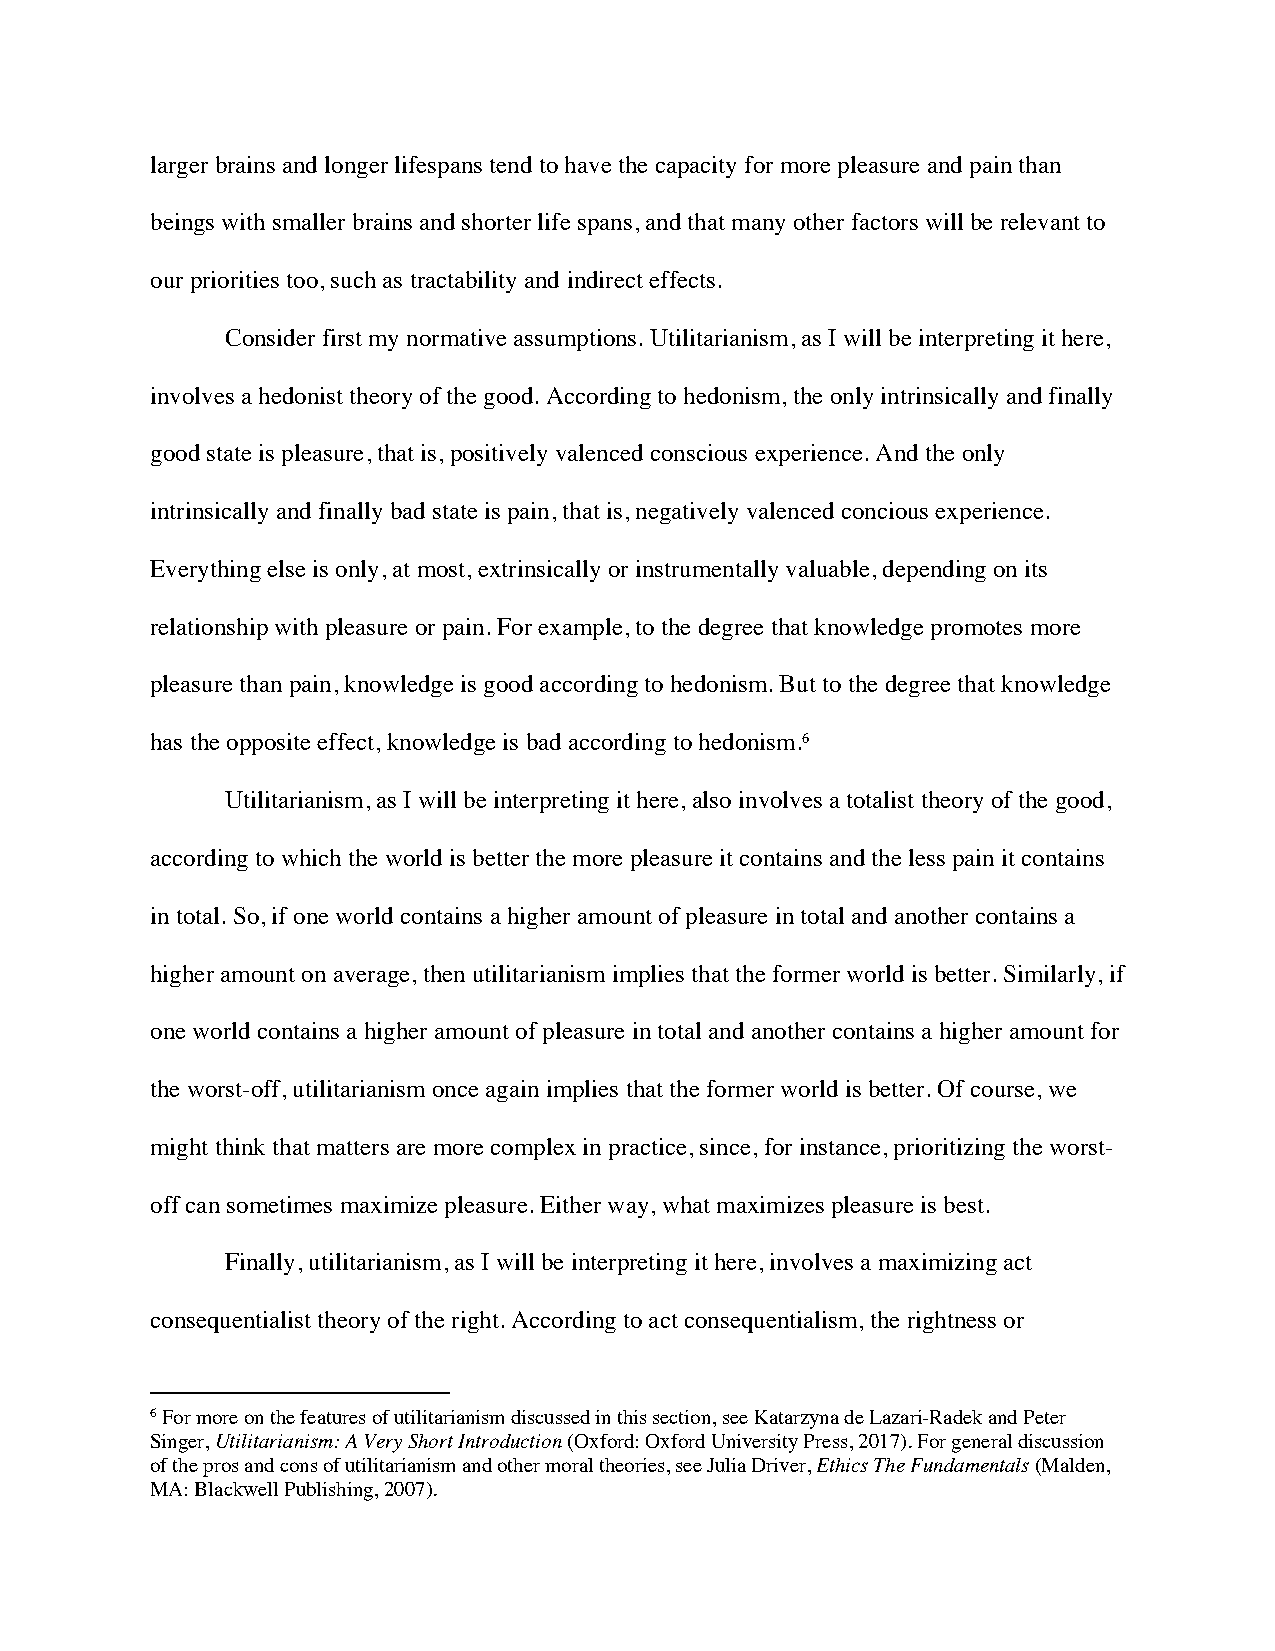
larger brains and longer lifespans tend to have the capacity for more pleasure and pain than
 beings with smaller brains and shorter life spans, and that many other factors will be relevant to
 our priorities too, such as tractability and indirect effects.
 Consider first my normative assumptions. Utilitarianism, as I will be interpreting it here,
 involves a hedonist theory of the good. According to hedonism, the only intrinsically and finally
 good state is pleasure, that is, positively valenced conscious experience. And the only
 intrinsically and finally bad state is pain, that is, negatively valenced concious experience.
 Everything else is only, at most, extrinsically or instrumentally valuable, depending on its
 relationship with pleasure or pain. For example, to the degree that knowledge promotes more
 pleasure than pain, knowledge is good according to hedonism. But to the degree that knowledge
 has the opposite effect, knowledge is bad according to hedonism.6
 Utilitarianism, as I will be interpreting it here, also involves a totalist theory of the good,
 according to which the world is better the more pleasure it contains and the less pain it contains
 in total. So, if one world contains a higher amount of pleasure in total and another contains a
 higher amount on average, then utilitarianism implies that the former world is better. Similarly, if
 one world contains a higher amount of pleasure in total and another contains a higher amount for
 the worst-off, utilitarianism once again implies that the former world is better. Of course, we
 might think that matters are more complex in practice, since, for instance, prioritizing the worst-
 off can sometimes maximize pleasure. Either way, what maximizes pleasure is best.
 Finally, utilitarianism, as I will be interpreting it here, involves a maximizing act
 consequentialist theory of the right. According to act consequentialism, the rightness or
 6 For more on the features of utilitarianism discussed in this section, see Katarzyna de Lazari-Radek and Peter
 Singer, Utilitarianism: A Very Short Introduction (Oxford: Oxford University Press, 2017). For general discussion
 of the pros and cons of utilitarianism and other moral theories, see Julia Driver, Ethics The Fundamentals (Malden,
 MA: Blackwell Publishing, 2007).